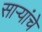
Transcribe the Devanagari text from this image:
साऱ्यांचे